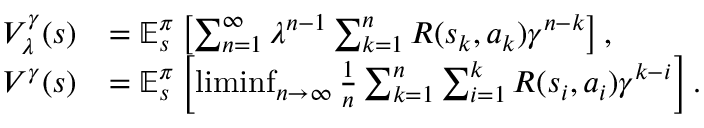
\begin{array} { r l } { V _ { \lambda } ^ { \gamma } ( s ) } & { = \mathbb { E } _ { s } ^ { \pi } \left[ \sum _ { n = 1 } ^ { \infty } \lambda ^ { n - 1 } \sum _ { k = 1 } ^ { n } R ( s _ { k } , a _ { k } ) \gamma ^ { n - k } \right] , } \\ { V ^ { \gamma } ( s ) } & { = \mathbb { E } _ { s } ^ { \pi } \left[ \operatorname* { l i m i n f } _ { n \to \infty } \frac { 1 } { n } \sum _ { k = 1 } ^ { n } \sum _ { i = 1 } ^ { k } R ( s _ { i } , a _ { i } ) \gamma ^ { k - i } \right] . } \end{array}